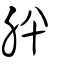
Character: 肸